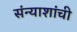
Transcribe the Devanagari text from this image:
संन्याशांची